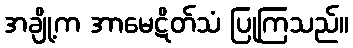
အချို့က အာမေဋိတ်သံ ပြုကြသည်။